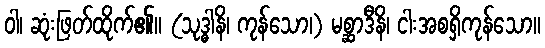
ဝါ၊ ဆုံးဖြတ်ထိုက်၏။ (သုဒ္ဓါနိ၊ ကုန်သော၊) မစ္ဆာဒီနိ၊ ငါးအစရှိကုန်သော။